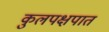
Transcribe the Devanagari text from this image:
कुलपक्षपात